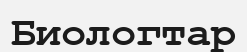
Биологтар